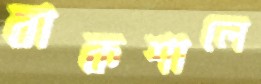
বাকশালে